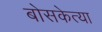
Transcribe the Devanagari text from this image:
बोसकेत्या